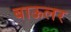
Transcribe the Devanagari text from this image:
बाऊलर